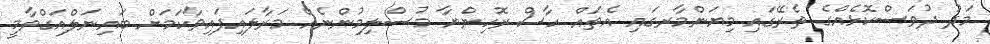
މަދު ދުވަސްކޮޅެއްގެ ތެރޭގައި މިޔަންމާރގައި އެތައް ހާސް ރޮހިންޔާ މުސްލިމުންނެއް މަރާލައިފައިވާކަމަށް ބައިނަލްއަގްވާމީ